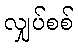
လျှပ်စစ်